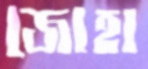
জোহা